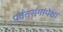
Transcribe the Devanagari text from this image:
पर्वतरांगांपेक्षा